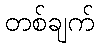
တစ်ချက်